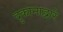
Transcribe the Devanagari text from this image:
दुकानाद्वारे